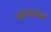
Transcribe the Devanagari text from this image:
बालतान